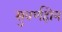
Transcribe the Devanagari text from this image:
सुवर्णहोन